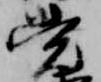
覚